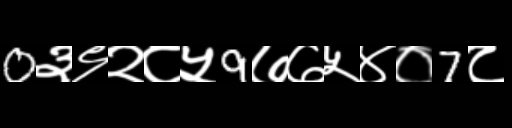
Text: 0३९२८५9७७५४०7८